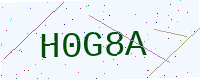
Text: H0G8A